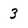
Character: 3